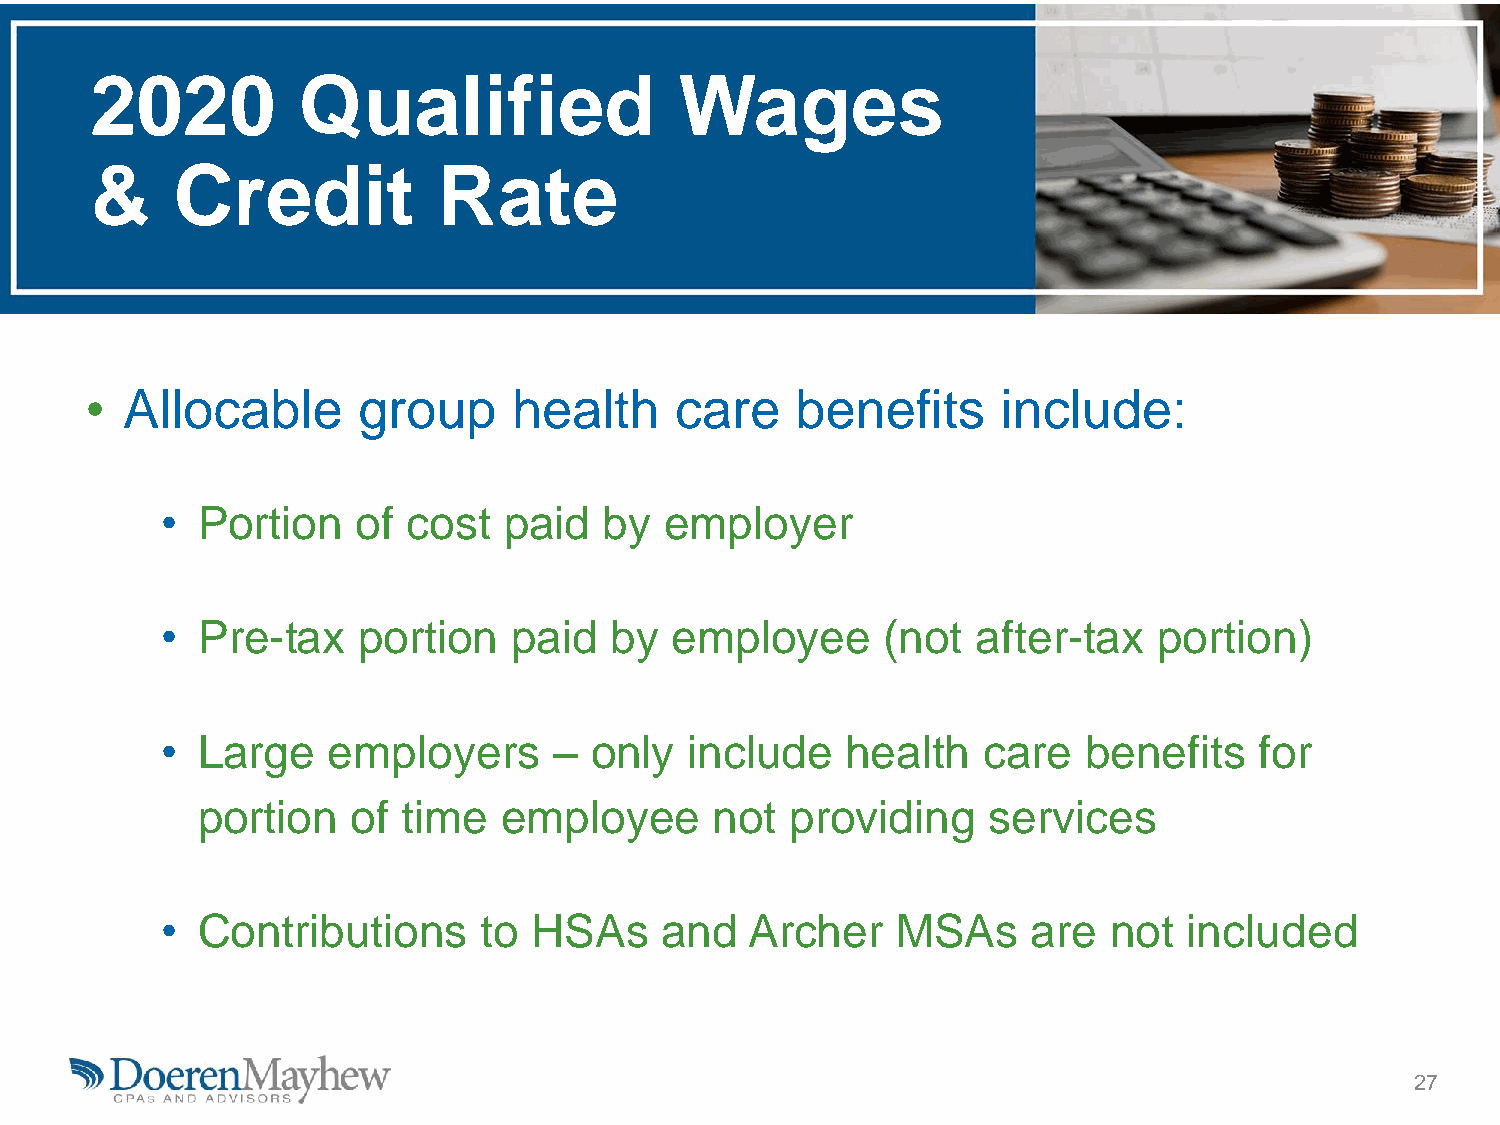
2020          Qualified                Wages
 &    Credit            Rate
 • Allocable       group     health     care    benefits     include:
 • Portion    of cost  paid   by  employer
 • Pre-tax    portion   paid  by   employee      (not  after-tax   portion)
 • Large    employers      – only   include   health   care   benefits   for
 portion   of  time  employee      not  providing    services
 • Contributions      to HSAs     and   Archer   MSAs     are   not  included
 27